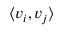
\langle v _ { i } , v _ { j } \rangle